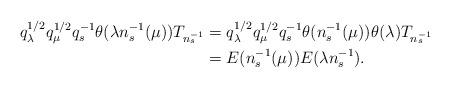
LaTeX: \begin{align*}q_\lambda^{1/2}q_\mu^{1/2}q_s^{-1}\theta(\lambda n_s^{-1}(\mu))T_{n_s^{-1}}&=q_\lambda^{1/2}q_\mu^{1/2}q_s^{-1} \theta(n_s^{-1}(\mu))\theta(\lambda)T_{n_s^{-1}}\\&=E(n_s^{-1}(\mu))E(\lambda n_s^{-1}).\end{align*}